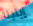
إيلينا